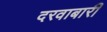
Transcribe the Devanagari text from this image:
दरवाबारी